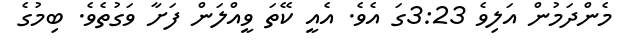
މެންދަމުން އަލިވެ 3:23ގަ އެވެ. އެއީ ކޭތަ ވީއްލަން ފަށާ ވަގުތެވެ. ބިމުގެ